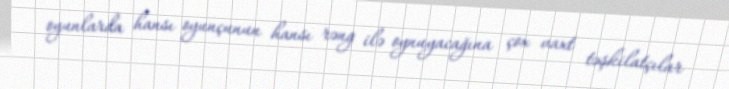
oyunlarda hansı oyunçunun hansı rəng ilə oynuyacağına çox vaxt təşkilatçılar